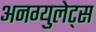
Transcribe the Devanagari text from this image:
अनग्युलेट्स